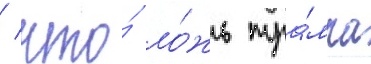
/ что́ ло́жь тра́мпа